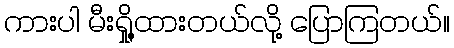
ကားပါ မီးရှို့ထားတယ်လို့ ပြောကြတယ်။